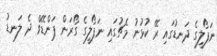
ނަޕޯލީގެ ދަނޑުގައި ރޭ ކުޅުނު މެޗުގައި ނަޕޯލީގެ ގޯރަން ޕަންޑޭވް ދެ ލަނޑު